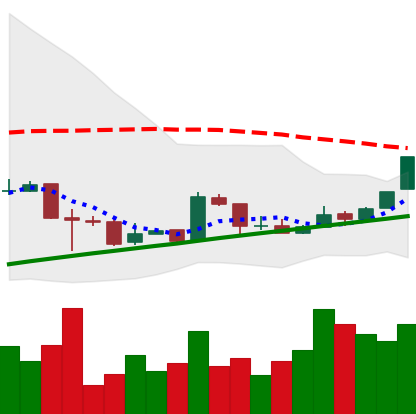
Ticker: BTC-USD
Chart end date: 2016-02-14
Forward return: 3.329%
Label: up_3_5